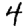
Digit: 4